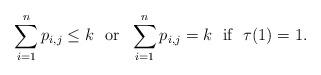
LaTeX: \begin{align*}{ {\sum_{i=1}^np_{i,j}\leq k~~{\mbox {or}}}}~~ \sum_{i=1}^np_{i,j}=k~~{ {{\mbox {if}}~~ \tau(1)=1}}.\end{align*}